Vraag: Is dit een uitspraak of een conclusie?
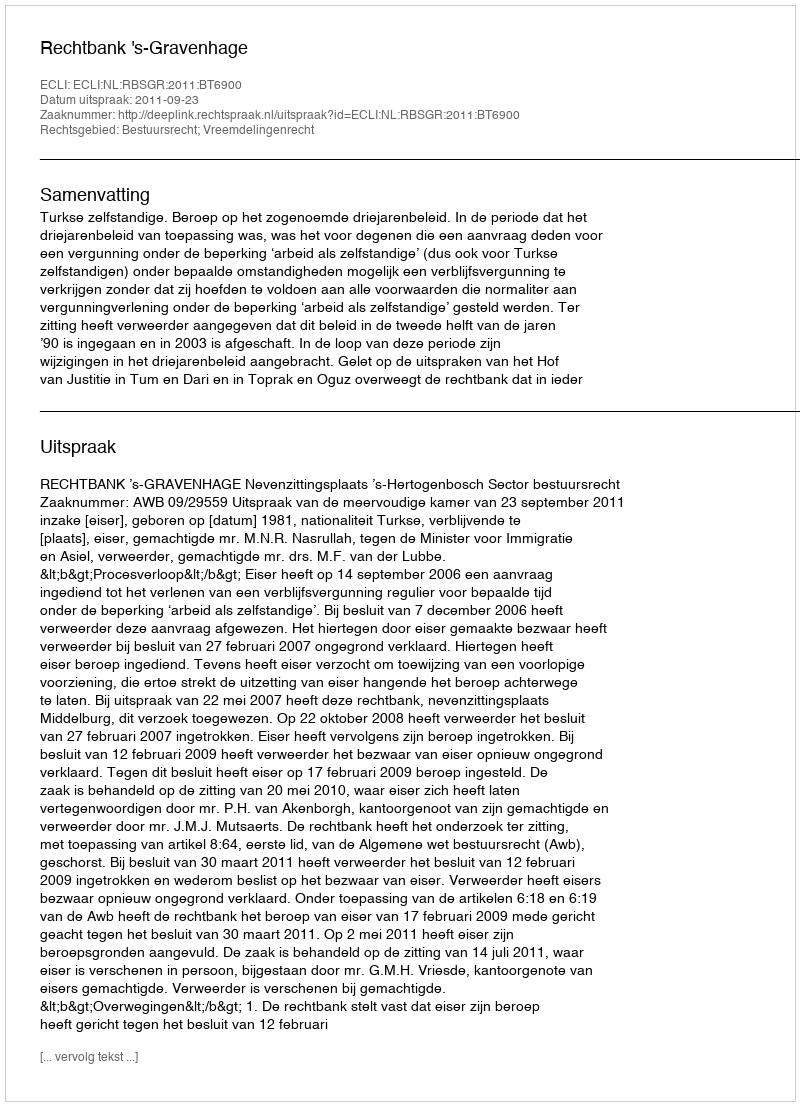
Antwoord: Uitspraak